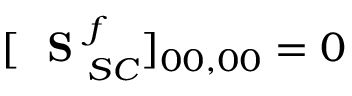
[ \mathrm { ~ \bf ~ S ~ } _ { S C } ^ { f } ] _ { 0 0 , 0 0 } = 0